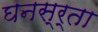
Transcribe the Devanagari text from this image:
घनस्र्ता